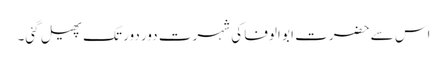
اس سے حضرت ابو الوفا کی شہرت دور دور تک پھیل گئی۔